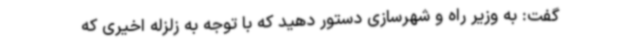
گفت: به وزیر راه و شهرسازی دستور دهید که با توجه به زلزله اخیری که